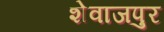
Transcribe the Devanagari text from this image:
शेवाजपुर